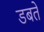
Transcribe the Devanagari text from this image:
डबते